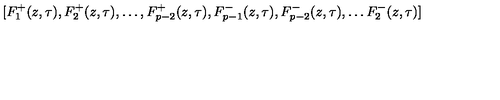
[ F _ { 1 } ^ { + } ( z , \tau ) , F _ { 2 } ^ { + } ( z , \tau ) , \ldots , F _ { p - 2 } ^ { + } ( z , \tau ) , F _ { p - 1 } ^ { - } ( z , \tau ) , F _ { p - 2 } ^ { - } ( z , \tau ) , \ldots F _ { 2 } ^ { - } ( z , \tau ) ]